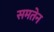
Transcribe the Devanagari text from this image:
समतेन